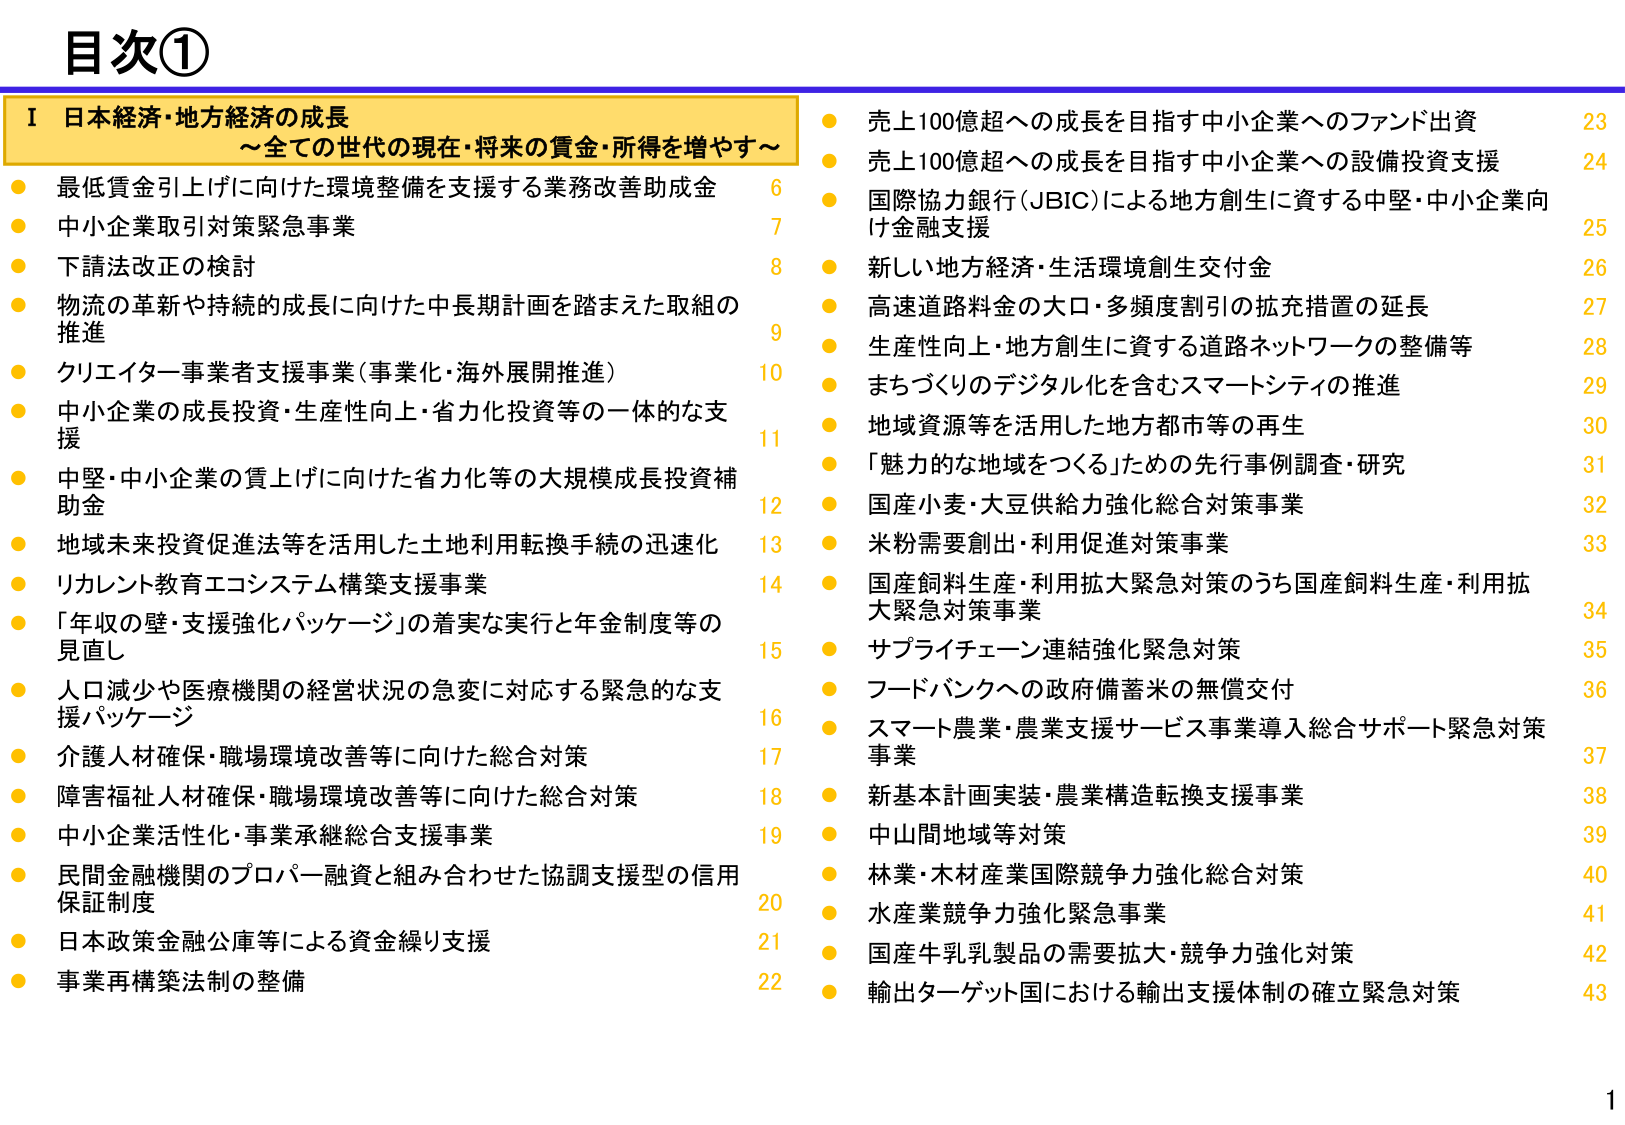
目次①

I 日本経済・地方経済の成長
～全ての世代の現在・将来の賃金・所得を増やす～

● 最低賃金引上げに向けた環境整備を支援する業務改善助成金 6
● 中小企業取引対策緊急事業 7
● 下請法改正の検討 8
● 物流の革新や持続的成長に向けた中長期計画を踏まえた取組の推進 9
● クリエイター事業者支援事業（事業化・海外展開推進） 10
● 中小企業の成長投資・生産性向上・省力化投資等の一体的な支援 11
● 中堅・中小企業の賃上げに向けた省力化等の大規模成長投資補助金 12
● 地域未来投資促進法等を活用した土地利用転換手続の迅速化 13
● リカレント教育エコシステム構築支援事業 14
● 「年収の壁・支援強化パッケージ」の着実な実行と年金制度等の見直し 15
● 人口減少や医療機関の経営状況の急変に対応する緊急的な支援パッケージ 16
● 介護人材確保・職場環境改善等に向けた総合対策 17
● 障害福祉人材確保・職場環境改善等に向けた総合対策 18
● 中小企業活性化・事業承継総合支援事業 19
● 民間金融機関のプロパー融資と組み合わせた協調支援型の信用保証制度 20
● 日本政策金融公庫等による資金繰り支援 21
● 事業再構築法制の整備 22

● 売上100億超への成長を目指す中小企業へのファンド出資 23
● 売上100億超への成長を目指す中小企業への設備投資支援 24
● 国際協力銀行（JBIC）による地方創生に資する中堅・中小企業向け金融支援 25
● 新しい地方経済・生活環境創生交付金 26
● 高速道路料金の大口・多頻度割引の拡充措置の延長 27
● 生産性向上・地方創生に資する道路ネットワークの整備等 28
● まちづくりのデジタル化を含むスマートシティの推進 29
● 地域資源等を活用した地方都市等の再生 30
● 「魅力的な地域をつくる」ための先行事例調査・研究 31
● 国産小麦・大豆供給力強化総合対策事業 32
● 米粉需要創出・利用促進対策事業 33
● 国産飼料生産・利用拡大緊急対策のうち国産飼料生産・利用拡大緊急対策事業 34
● サプライチェーン連結強化緊急対策 35
● フードバンクへの政府備蓄米の無償交付 36
● スマート農業・農業支援サービス事業導入総合サポート緊急対策事業 37
● 新基本計画実装・農業構造転換支援事業 38
● 中山間地域等対策 39
● 林業・木材産業国際競争力強化総合対策 40
● 水産業競争力強化緊急事業 41
● 国産牛乳製品の需要拡大・競争力強化対策 42
● 輸出ターゲット国における輸出支援体制の確立緊急対策 43

1